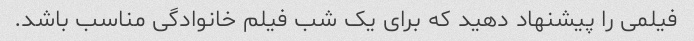
فیلمی را پیشنهاد دهید که برای یک شب فیلم خانوادگی مناسب باشد.